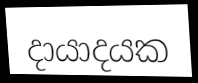
දායාදයක